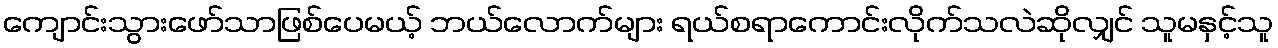
ကျောင်းသွားဖော်သာဖြစ်ပေမယ့် ဘယ်လောက်များ ရယ်စရာကောင်းလိုက်သလဲဆိုလျှင် သူမနှင့်သူ